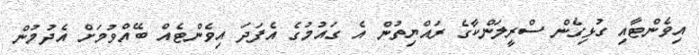
އިވެންޓާއި ގުޅިގެން ސްރީލަންކާގެ ރައްޔިތުން އެ ގައުމުގެ އެފަދަ އިވެންޓެއް ބޭއްވުމަށް އެދުމުން